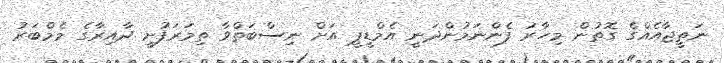
ނަތީޖާއެއްގެ ގޮތުން މިހާރު ފެންނަމުންދަނީ އެމްޑީޕީ އަށް ނިސްބަތްވާ ތިމަރަފުށީ ދާއިރާގެ މެމްބަރު